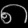
Digit: ၈